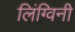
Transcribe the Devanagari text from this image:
लिंग्विनी